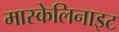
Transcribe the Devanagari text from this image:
मास्केलिनाइट